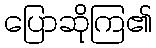
ပြောဆိုကြ၏